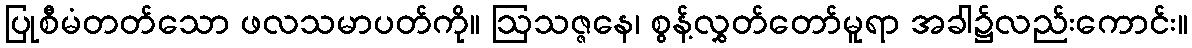
ပြုစီမံတတ်သော ဖလသမာပတ်ကို။ ဩသဇ္ဇနေ၊ စွန့်လွှတ်တော်မူရာ အခါ၌လည်းကောင်း။